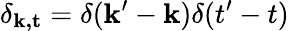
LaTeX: \delta_{\mathbf{k,t}}=\delta(\mathbf{k}^{\prime}-\mathbf{k})\delta(t^{\prime}-t)